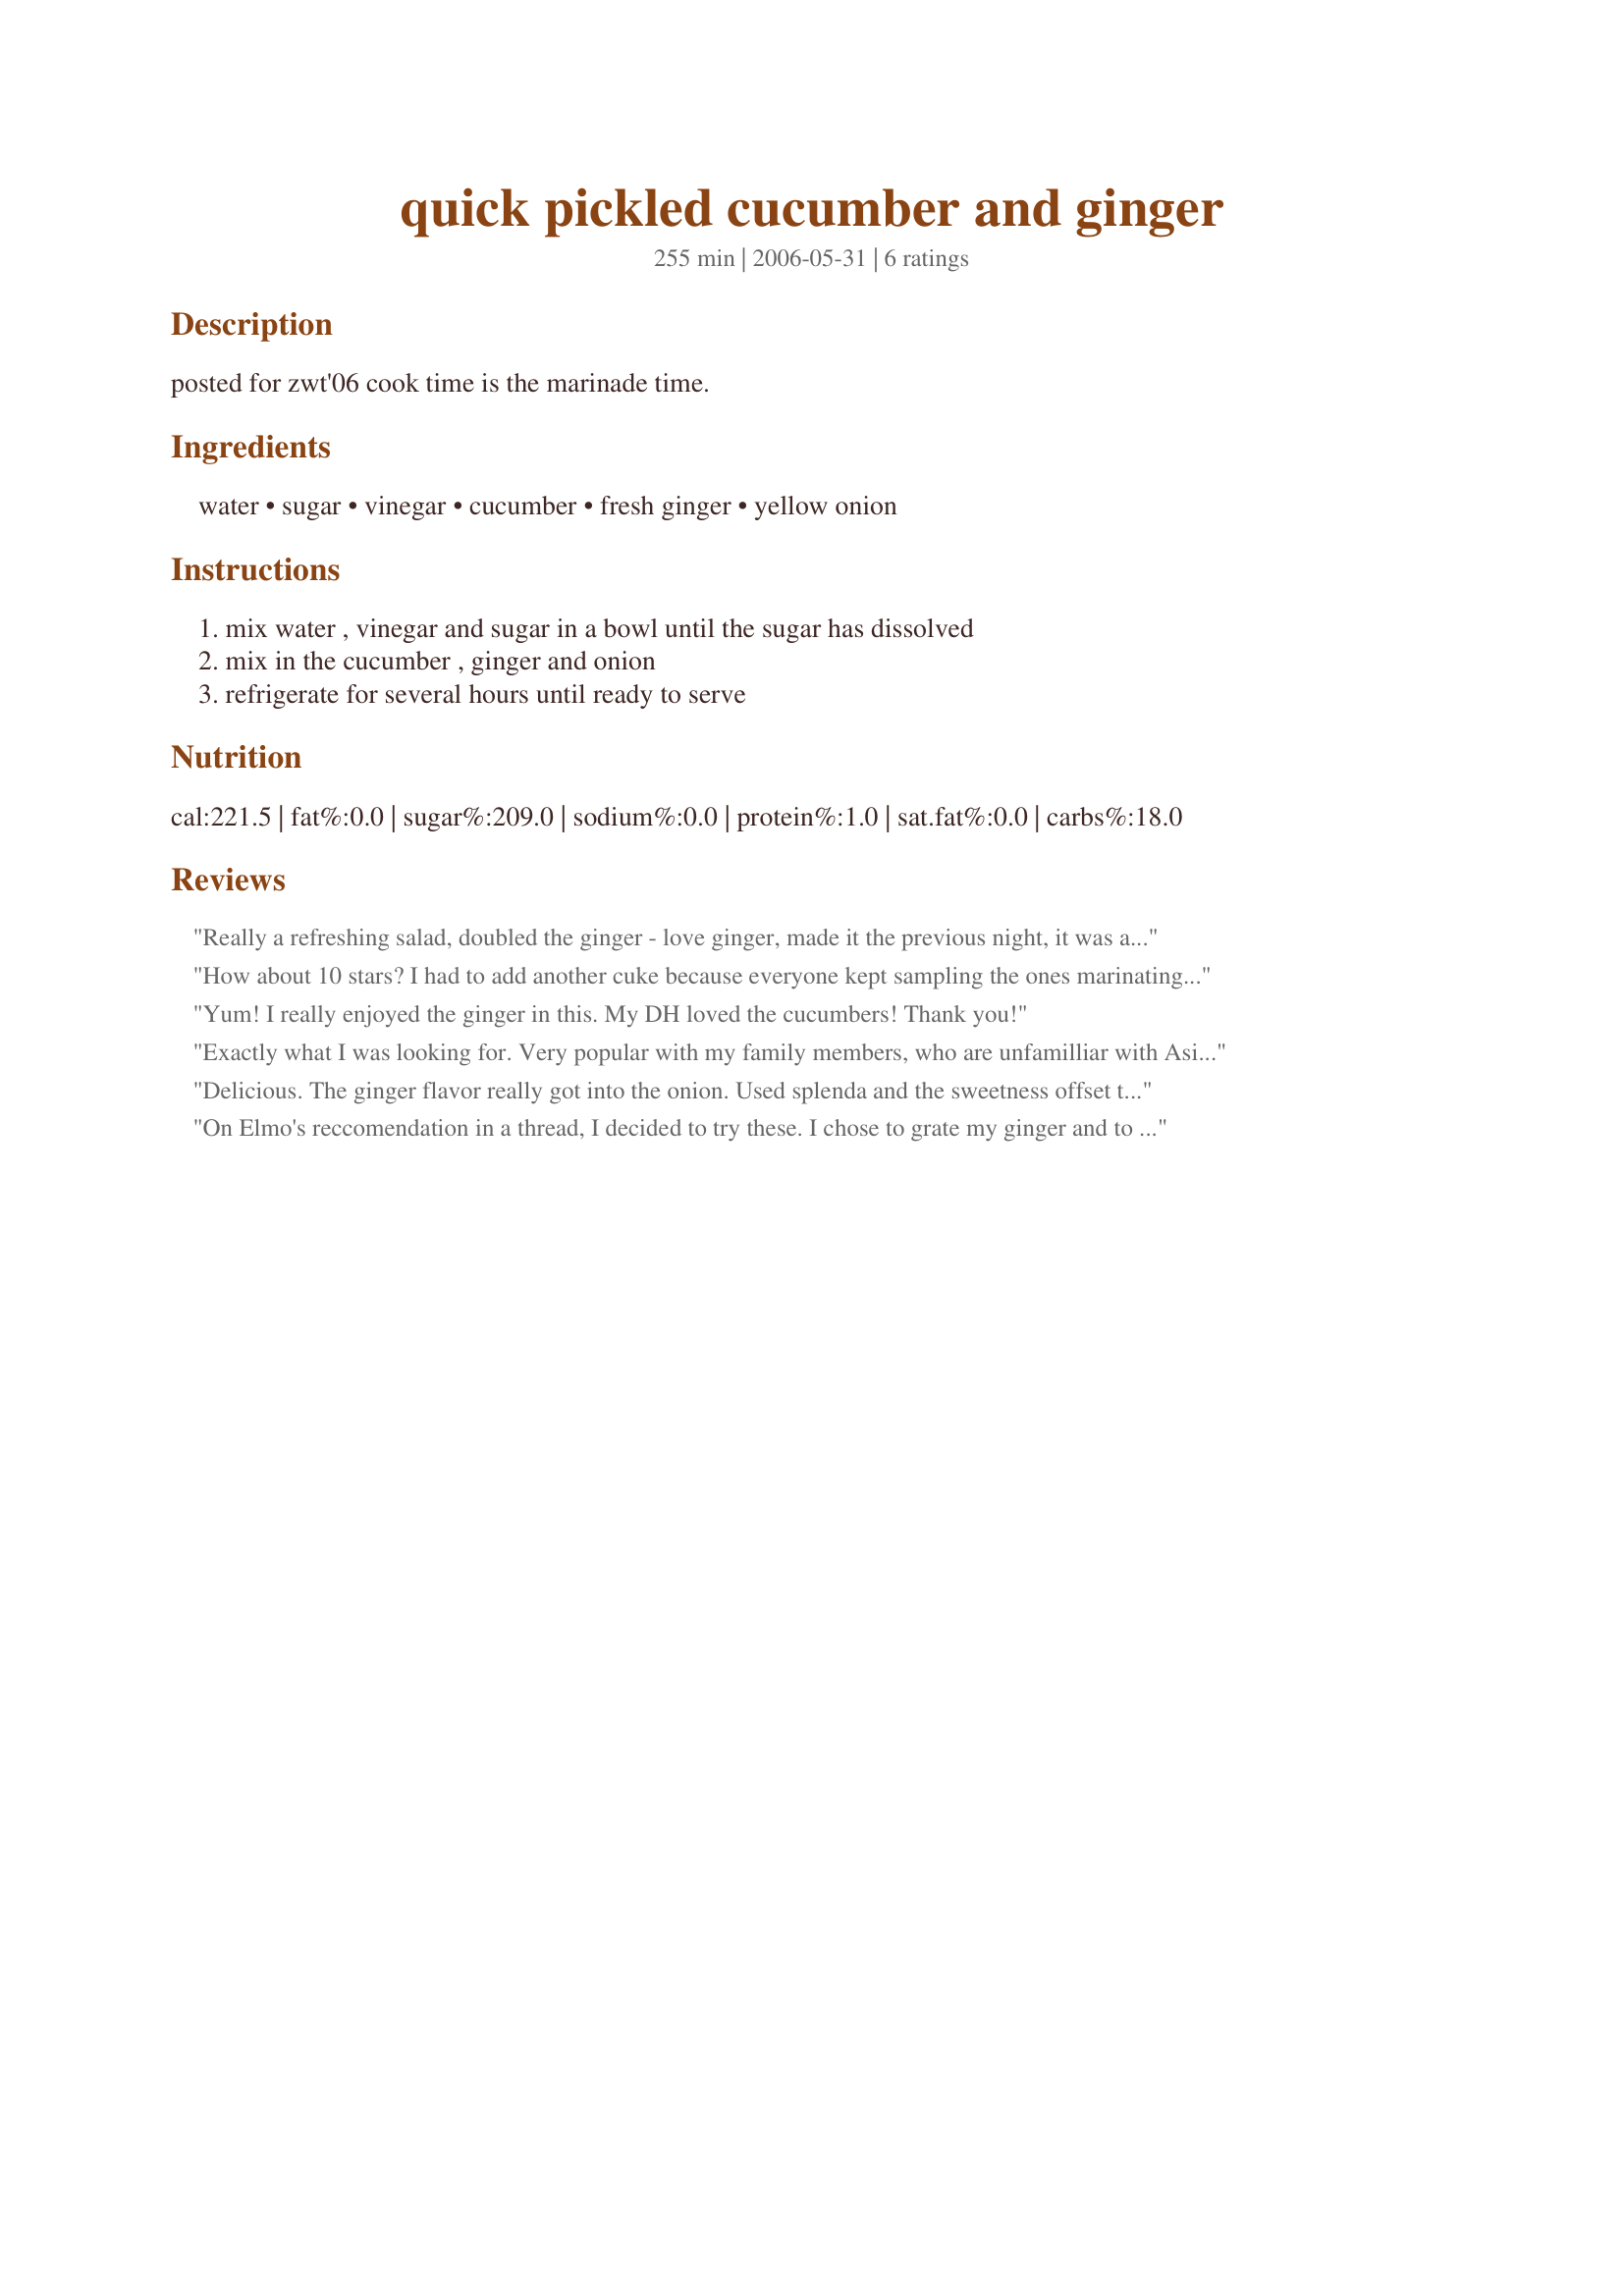
quick pickled cucumber and ginger
Preparation time: 255 minutes

posted for zwt'06 cook time is the marinade time.

Ingredients:
water, sugar, vinegar, cucumber, fresh ginger, yellow onion

Steps:
mix water , vinegar and sugar in a bowl until the sugar has dissolved, mix in the cucumber , ginger and onion, refrigerate for several hours until ready to serve

Reviews:
Really a refreshing salad, doubled the ginger - love ginger, made it the previous night, it was a real hit at the picnic - so easy, so good THANKS
How about 10 stars? I had to add another cuke because everyone kept sampling the ones marinating!!! DEEEELICIOUS!!!! Thank you! This will be served to many this summer. So fast, so easy. I cut the ginger into matchsticks.
Yum! I really enjoyed the ginger in this. My DH loved the cucumbers! Thank you!
Exactly what I was looking for. Very popular with my family members, who are unfamilliar with Asian foods. Big thanks for posting.
Delicious. The ginger flavor really got into the onion. Used splenda and the sweetness offset the tartness of the vinegar, though I might cut down on the splenda next time as it was a tad sweet. Can use with more than one cucumber.. Chunked the cucumber. This was great even the next day. Spooned a bit of the dressing over tomato wedges very good.
On Elmo's reccomendation in a thread, I decided to try these. I chose to grate my ginger and to replace the sugar with Splenda using the equivalent of 3/4 cup. Let the sit about 6 hours and the results were crispy and flavorful.
